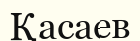
Қасаев